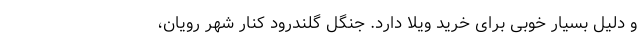
و دلیل بسیار خوبی برای خرید ویلا دارد. جنگل گلندرود کنار شهر رویان،